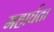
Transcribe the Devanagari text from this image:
महार्घता